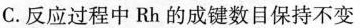
C.反应过程中Rh的成键数目保持不变